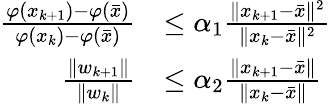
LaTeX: \begin{array}{rl}{\frac{\varphi(x_{k+1})-\varphi(\bar{x})}{\varphi(x_{k})-\varphi(\bar{x})}}&{\leq\alpha_{1}\frac{\| x_{k+1}-\bar{x}\| ^{2}}{\| x_{k}-\bar{x}\| ^{2}}}\\ {\frac{\| w_{k+1}\| }{\| w_{k}\| }}&{\leq\alpha_{2}\frac{\| x_{k+1}-\bar{x}\| }{\| x_{k}-\bar{x}\| }}\end{array}